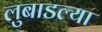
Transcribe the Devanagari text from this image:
लुबाडल्या